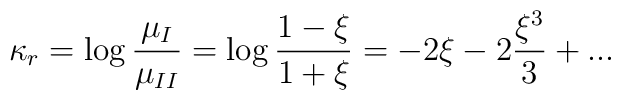
\kappa_r=\log{\mu_I\over \mu_{II}}=\log{1-\xi\over1+\xi}=-2\xi-2{\xi^3\over 3}+...